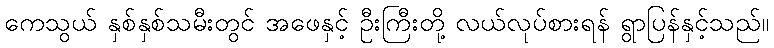
ကေသွယ် နှစ်နှစ်သမီးတွင် အဖေနှင့် ဦးကြီးတို့ လယ်လုပ်စားရန် ရွာပြန်နှင့်သည်။